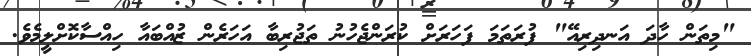
"މިތަން ހާދަ އަނދިރިއޭ" ފުރަތަމަ ފަހަރަށް ކުރަންޖެހުނު ތަޖުރިބާ އަހަރެން ޒުއްބައާ ހިއްސާކޮށްލީމެވެ.